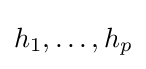
h_{1},\dots ,h_{p}